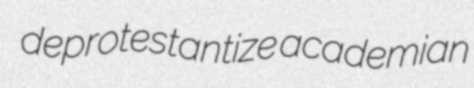
deprotestantize academian